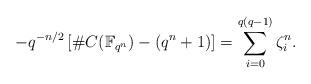
LaTeX: \begin{align*}-q^{-n/2}\left[\#C(\mathbb F_{q^n})-(q^n+1)\right]=\sum_{i=0}^{q(q-1)} \zeta_i^n.\end{align*}